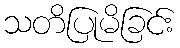
သတိပြုမိခြင်း